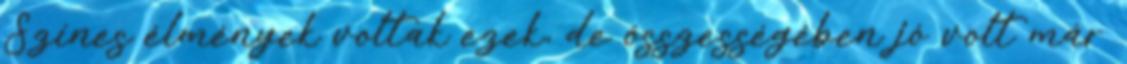
Színes élmények voltak ezek, de összességében jó volt már